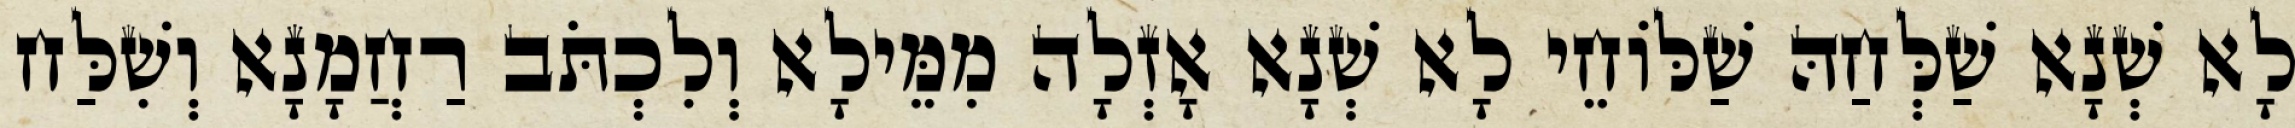
לָא שְׁנָא שַׁלְּחַהּ שַׁלּוֹחֵי לָא שְׁנָא אָזְלָה מִמֵּילָא וְלִכְתֹּב רַחֲמָנָא וְשִׁלַּח